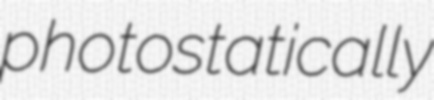
photostatically